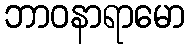
ဘာဝနာရာမော